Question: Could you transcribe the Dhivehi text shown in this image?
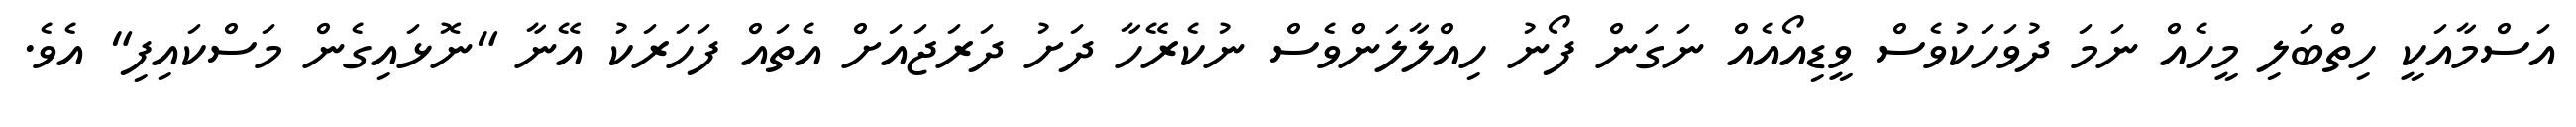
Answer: އަސްމާއަކީ ހިތްބަލި މީހެއް ނަމަ ދުވަހަކުވެސް ވީޑިއޯއެއް ނަގަން ފޯނު ހިއްލާލަންވެސް ނުކެރޭހާ ދަށު ދަރަޖައަށް އެތައް ފަހަރަކު އޭނާ "ނޮޅައިގެން މަސްކައިފި" އެވެ.